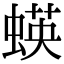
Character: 蝧